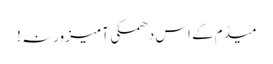
میڈم کے اس دھمکی آمیز ورنہ !